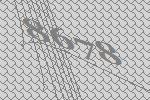
8678